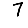
Digit: 7